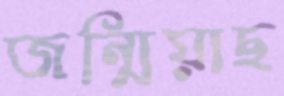
জন্মিয়াছ